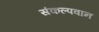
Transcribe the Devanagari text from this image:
संकल्पवान